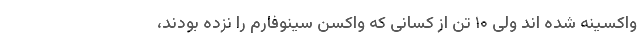
واکسینه شده اند ولی ۱۰ تن از کسانی که واکسن سینوفارم را نزده بودند،